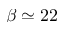
\beta \simeq 2 2